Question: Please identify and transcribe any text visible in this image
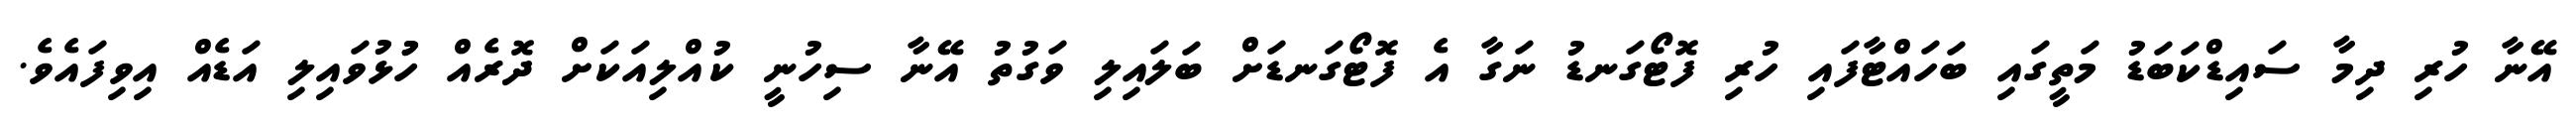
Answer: އޭނާ ހުރި ދިމާ ސައިޑްކަބަޑު މަތީގައި ބަހައްޓާފައި ހުރި ފޮޓޯގަނޑު ނަގާ އެ ފޮޓޯގަނޑަށް ބަލައިލި ވަގުތު އޭނާ ސިހުނީ ކުއްލިއަކަށް ދޮރެއް ހުުޅުވައިލި އަޑެއް އިވިފައެވެ.